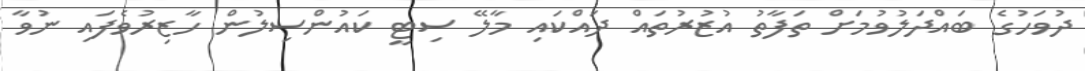
ދުވަހުގެ ބައްދަލުވުމަށް ތަފާތު އުޒުރުތައް ދައްކައި މާލޭ ސިޓީ ކައުންސިލުން ހާޒިރުވެފައި ނުވާ